Report on the working of the Ranchi Indian Mental Hospital, Kanke, in Bihar and Orissa - 1930-1940
Year: 1930
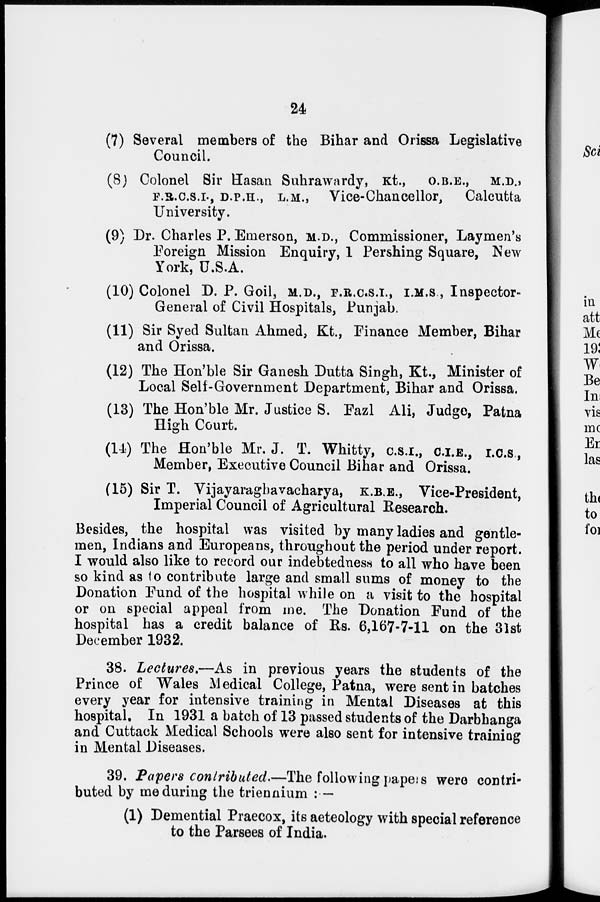
24
(7) Several members of the Bihar and Orissa Legislative
Council.
(8) Colonel Sir Hasan Suhrawardy, Kt., O.B.E., M.D.,
F.R.C.S.I., D.P.H., L.M., Vice-Chancellor,
Calcutta
University.
(9) Dr. Charles P. Emerson, M.D., Commissioner, Laymen's
Foreign Mission Enquiry, 1 Pershing Square, New
York, U.S.A.
(10) Colonel D. P. Goil, M.D., F.R.C.S.I., I.M.S., Inspector-
General of Civil Hospitals, Punjab.
(11) Sir Syed Sultan Ahmed, Kt., Finance Member, Bihar
and Orissa.
(12) The Hon'ble Sir Ganesh Dutta Singh, Kt., Minister of
Local Self-Government Department, Bihar and Orissa.
(13) The Hon'ble Mr. Justice S. Fazl Ali, Judge, Patna
High Court.
(14) The Hon'ble Mr. J. T. Whitty, C.S.I., C.I.E., I.C.S.,
Member, Executive Council Bihar and Orissa.
(15) Sir T. Vijayaraghavacharya, K.B.E., Vice-President,
Imperial Council of Agricultural Research.
Besides, the hospital was visited by many ladies and gentle-
men, Indians and Europeans, throughout the period under report.
I would also like to record our indebtedness to all who have been
so kind as to contribute large and small sums of money to the
Donation Fund of the hospital while on a visit to the hospital
or on special appeal from me. The Donation Fund of the
hospital has a credit balance of Rs. 6,167-7-11 on the 31st
December 1932.
38. Lectures.—As in previous years the students of the
Prince of Wales Medical College, Patna, were sent in batches
every year for intensive training in Mental Diseases at this
hospital. In 1931 a batch of 13 passed students of the Darbhanga
and Cuttack Medical Schools were also sent for intensive training
in Mental Diseases.
39. Papers contributed.—The following papes were contri-
buted by me during the triennium : —
(1) Demential Praecox, its aeteology with special reference
to the Parsees of India.